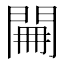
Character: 𨴕